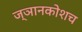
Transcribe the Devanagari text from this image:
ज्ञानकोशच